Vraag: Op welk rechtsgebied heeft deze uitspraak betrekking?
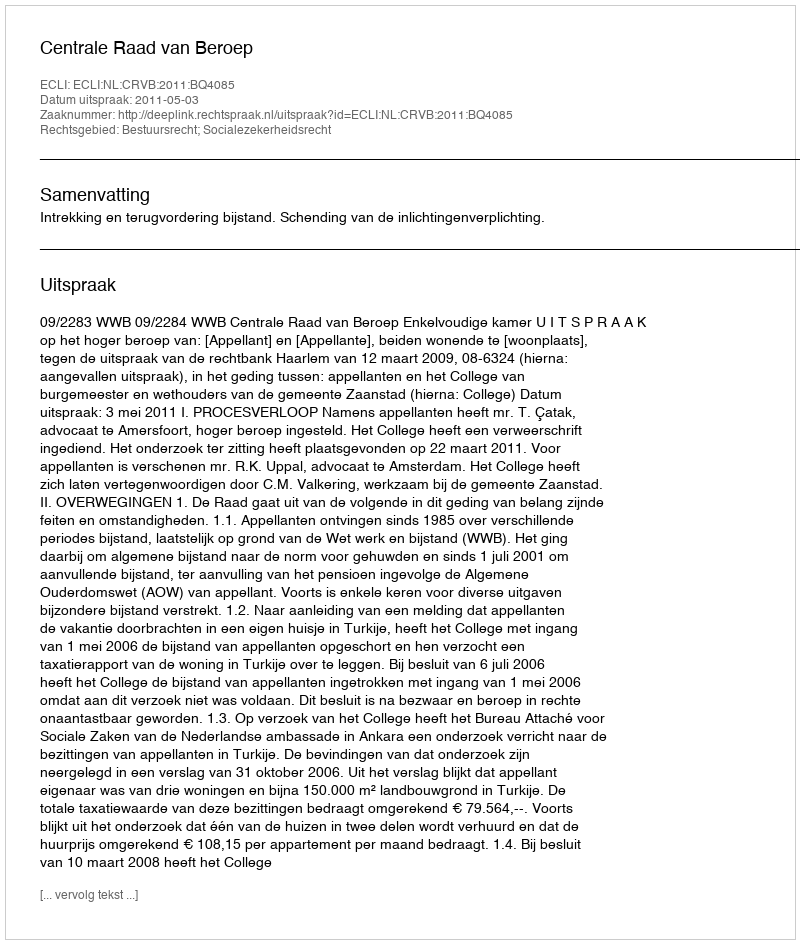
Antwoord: Bestuursrecht; Socialezekerheidsrecht